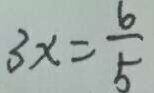
3 x = \frac { 6 } { 5 }